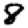
Digit: 8